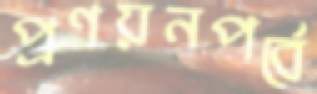
প্রণয়নপর্বে